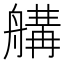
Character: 𦩷